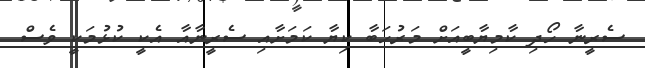
ސެރީނާ ހޯދި ކާމިޔާބީއަށް މަރުހަބާ ކިޔާ ކަމަށާއި ސެރީނާއާ އެކީ ކުޅުމަކީ ވެސް